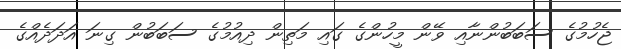
ޖެހުމުގެ ސަބަބުންނާއި ވޭން މީހުންގެ ގައި މަތިން ދިއުމުގެ ސަބަބުން ގިނަ އަދަދެއްގެ